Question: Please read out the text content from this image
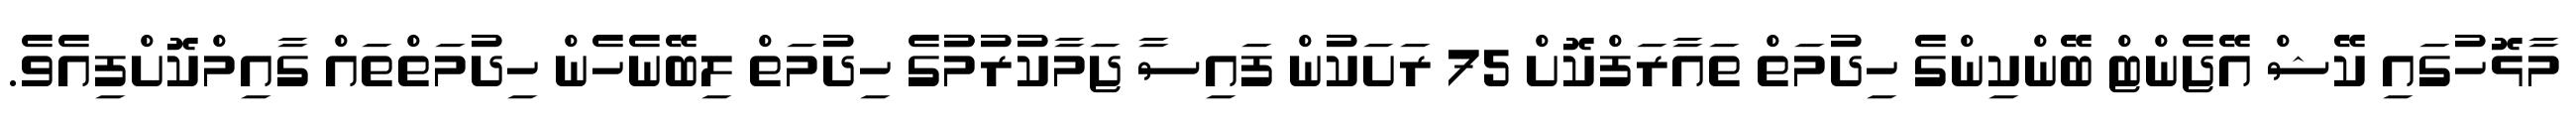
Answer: މާޅޮހުގައި ކޭޝް އޭޖެންޓް ބޭންކިންގެ ހިދުމަތް ތައާރަފްކޮށް 75 ރަށަކުން ފައިސާ ޖަމާކުރުމުުގެ ހިދުމަތް ލިބޭނެހެން ހިދުމަތްތައް ގާއިމްކޮށްފިއެވެ.